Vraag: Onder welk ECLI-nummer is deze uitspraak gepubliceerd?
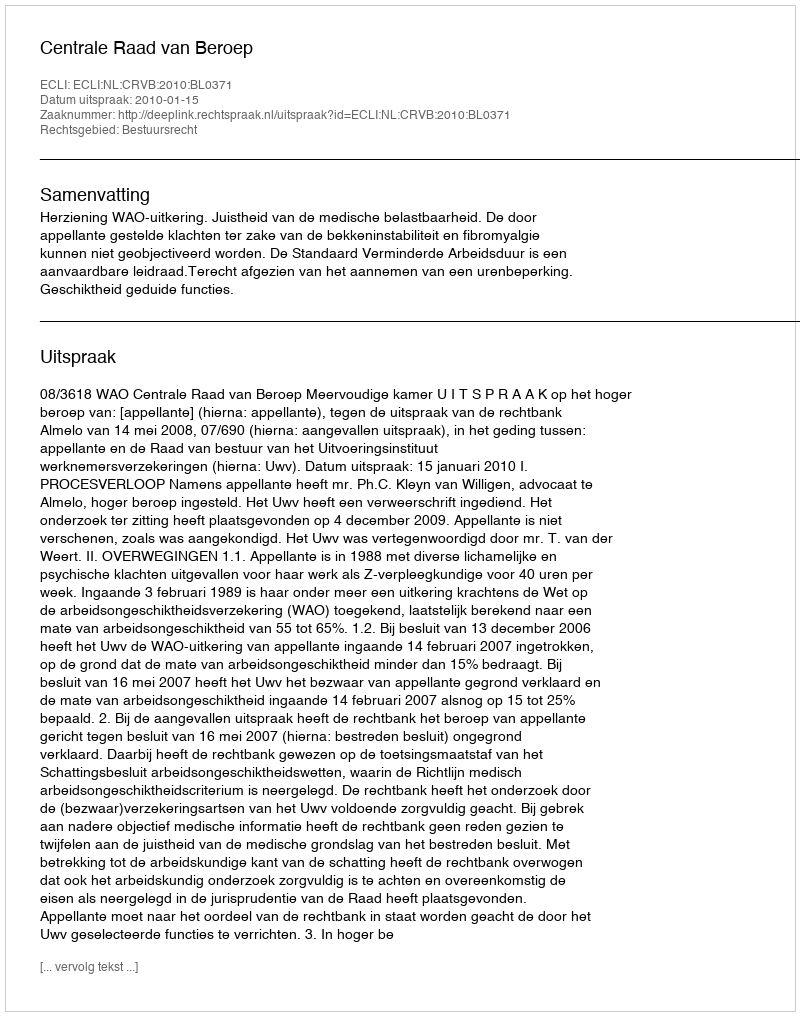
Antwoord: ECLI:NL:CRVB:2010:BL0371